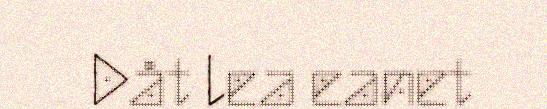
Dåt lea eanet